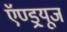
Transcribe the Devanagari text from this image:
ऍण्ड्र्यूज